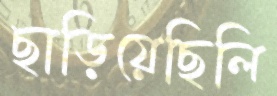
ছাড়িয়েছিলি